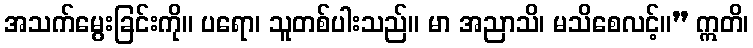
အသက်မွေးခြင်းကို။ ပရော၊ သူတစ်ပါးသည်။ မာ အညာသိ၊ မသိစေလင့်။” ဣတိ၊